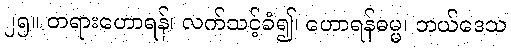
၂၅။ တရားဟောရန်၊ လက်သင့်ခံ၍၊ ဟောရန်ဓမ္မ၊ ဘယ်ဒေသ